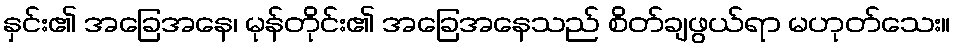
နှင်း၏ အခြေအနေ၊ မုန်တိုင်း၏ အခြေအနေသည် စိတ်ချဖွယ်ရာ မဟုတ်သေး။